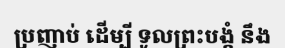
ប្រញាប់ ដើម្បី ទូលព្រះបង្គំ នឹង